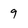
Character: 9